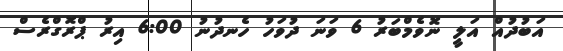
އަބުދުއް އަލީ ނޮވެމްބަރު 6 ވަނަ ދުވަހު ހެނދުނު 6:00 އިރު ޕްރޮގްރެސް